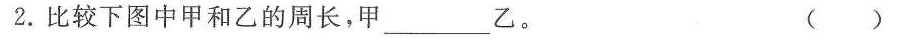
2.比较下图中甲和乙的周长，甲___ 乙。 ( )